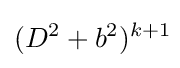
(D^{2}+b^{2})^{k+1}\!